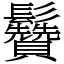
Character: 䰖